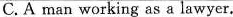
C.A man working as a lawyer.